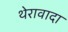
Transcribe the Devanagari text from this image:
थेरावादा